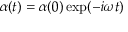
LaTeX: \alpha ( t ) = \alpha ( 0 ) \exp ( - i \omega t )